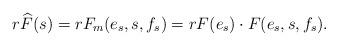
LaTeX: \begin{align*} r\widehat F(s)=rF_m(e_s,s,f_s)=rF(e_s)\cdot F(e_s,s,f_s).\end{align*}